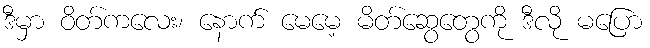
ဒီမှာ ဝိတ်ကလေး၊ နောက် မေမေ့ မိတ်ဆွေတွေကို ဒီလို မပြော